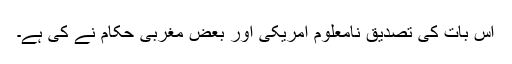
اس بات کی تصدیق نامعلوم امریکی اور بعض مغربی حکام نے کی ہے۔